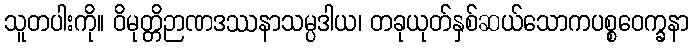
သူတပါးကို။ ဝိမုတ္တိဉာဏဒဿနာသမ္ပဒါယ၊ တခုယုတ်နှစ်ဆယ်သောကပစ္စဝေက္ခနာ